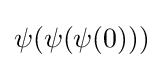
\psi (\psi (\psi (0)))